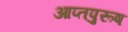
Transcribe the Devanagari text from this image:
आप्तपुरूष